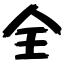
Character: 全